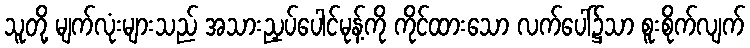
သူတို့ မျက်လုံးများသည် အသားညှပ်ပေါင်မုန့်ကို ကိုင်ထားသော လက်ပေါ်၌သာ စူးစိုက်လျက်